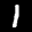
Label: 1